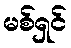
မစ်ရှင်